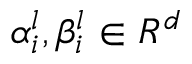
\alpha _ { i } ^ { l } , \beta _ { i } ^ { l } \in R ^ { d }